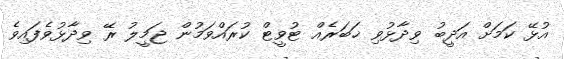
އުޅޭ ކަމަށް އަދީބު ވިދާޅުވި ޚަބަރެއް ޓުވީޓް ކުރައްވަމުން ޖަމީލު ރޭ ވިދާޅުވެފައިވެ